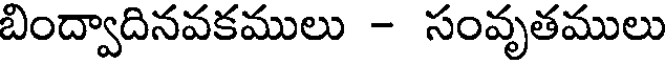
బింద్వాదినవకములు - సంవృతములు